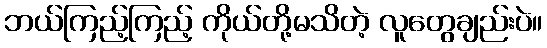
ဘယ်ကြည့်ကြည့် ကိုယ်တို့မသိတဲ့ လူတွေချည်းပဲ။